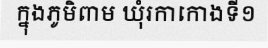
ក្នុងភូមិពាម ឃុំរកាកោងទី១